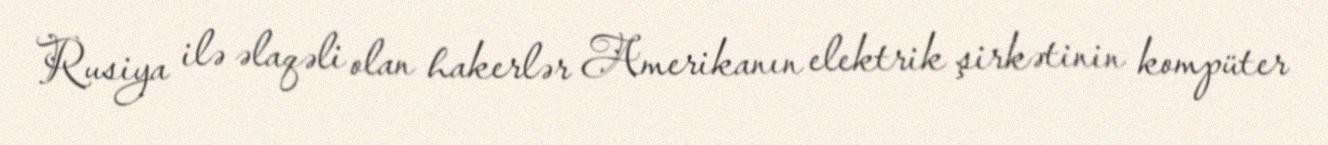
Rusiya ilə əlaqəli olan hakerlər Amerikanın elektrik şirkətinin kompüter